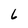
Character: 6